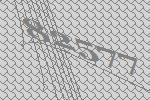
82577